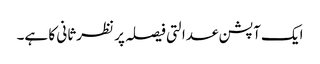
ایک آپشن عدالتی فیصلہ پر نظرثانی کا ہے۔